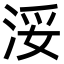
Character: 浽